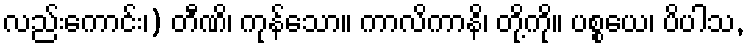
လည်းကောင်း၊) တီဏိ၊ ကုန်သော။ ကာလိကာနိ၊ တို့ကို။ ပစ္စယေ၊ ပိပါသ,